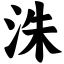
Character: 洙